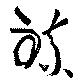
錬